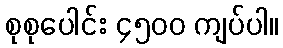
စုစုပေါင်း ၄၅၀၀ ကျပ်ပါ။